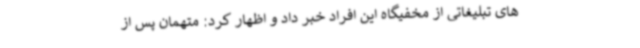
های تبلیغاتی از مخفیگاه این افراد خبر داد و اظهار کرد: متهمان پس از